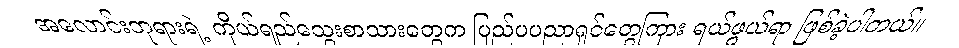
အလောင်းဘုရားရဲ့ ကိုယ်ရည်သွေးစာသားတွေက ပြည်ပပညာရှင်တွေကြား ရယ်ဖွယ်ရာ ဖြစ်ခဲ့ပါတယ်။